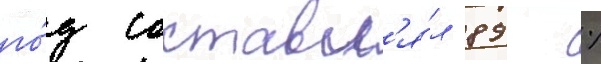
го́д составл'я́л 89 %